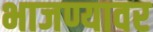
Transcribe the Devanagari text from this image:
भाजण्यावर